DOW-UAP-D48, Department of the Air Force Report, 1996
Agency: Department of War
Incident date: 9/10/96
Page 36
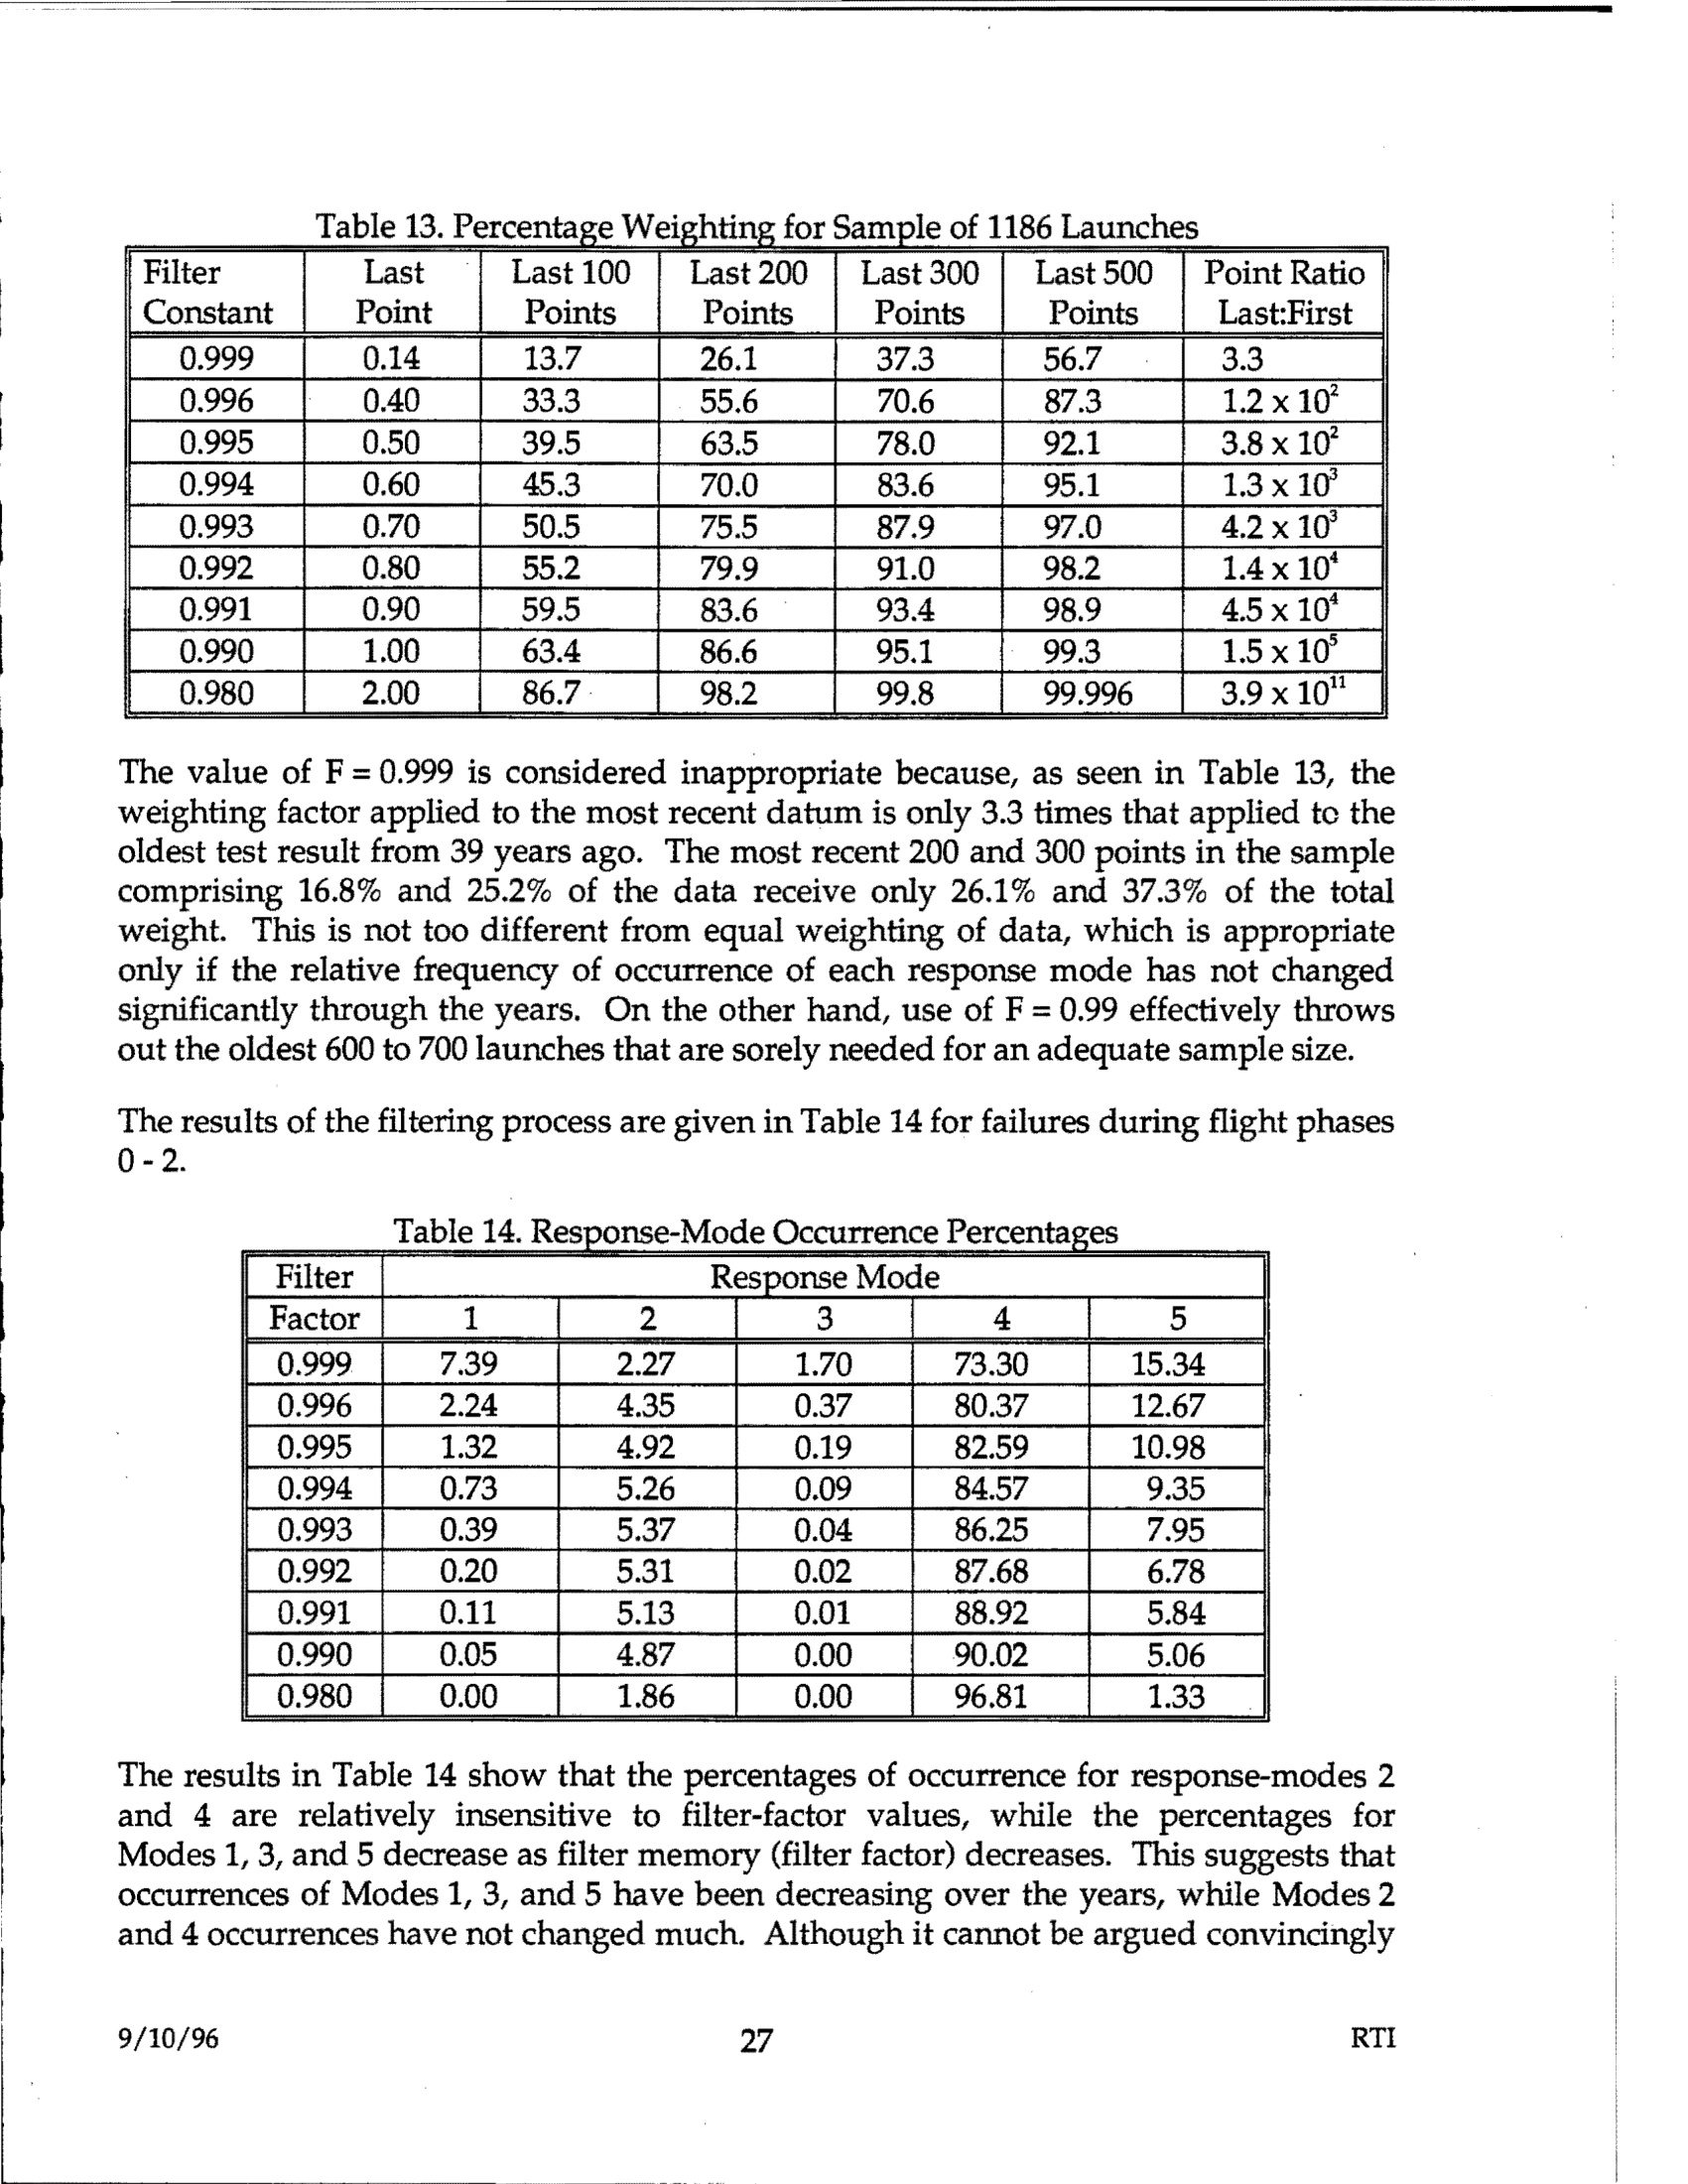